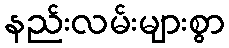
နည်းလမ်းများစွာ